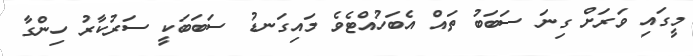
މީގައި ވަރަށް ގިނަ ސަބަބު ތައް އެބަހުއްޓެވެ މައިގަނޑު ސަބަބަކީ ސަރުކާރު ހިންގާ